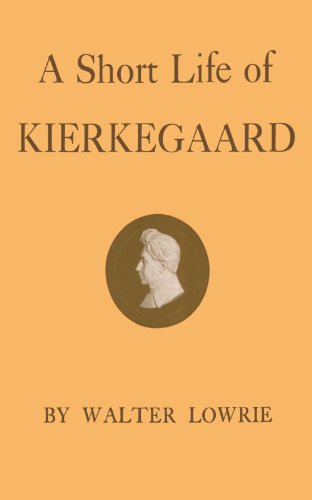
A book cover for A Short Life of Kierkegaard; Walter Lowrie; Biographies & Memoirs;